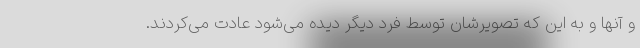
و آنها و به این که تصویرشان توسط فرد دیگر دیده می‌شود عادت می‌کردند.